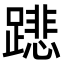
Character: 𨅥